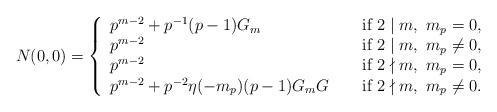
LaTeX: \begin{align*}N(0,0)=\left\{\begin{array}{lll}p^{m-2}+p^{-1}(p-1)G_m & &\textup{ if } 2\mid m,~ m_p=0,\\p^{m-2}& &\textup{ if } 2\mid m,~ m_p \neq 0,\\p^{m-2} & & \textup{ if } 2\nmid m,~ m_p=0,\\p^{m-2}+p^{-2}\eta(-m_p)(p-1)G_m G & & \textup{ if } 2\nmid m,~ m_p\neq 0.\end{array} \right.\end{align*}